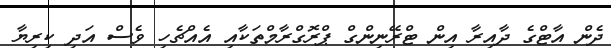
ދެން އާޓްގެ ދާއިރާ އިން ޓްރޭނިންގް ޕްރޮގްރާމްތަކާއި އެއްޗެހި ވެސް އަދި ކިރިޔާ